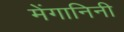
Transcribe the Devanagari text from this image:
मेंगानिनी